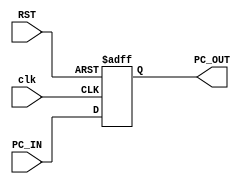
module PC #(parameter DataWidth =32) (
    input wire [DataWidth-1:0] PC_IN,
    input wire        clk ,
    input wire        RST ,
    output reg [DataWidth-1:0] PC_OUT
);

always @(posedge clk or negedge RST) begin
    if (!RST) begin
        PC_OUT<='b0;
    end
    else begin
        PC_OUT<=PC_IN;
    end
    
end
    
endmodule